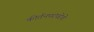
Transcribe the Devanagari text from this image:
कीर्तनपरंपरेचे